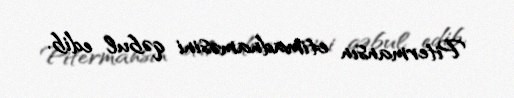
Pitermansın etimadnaməsini qəbul edib.